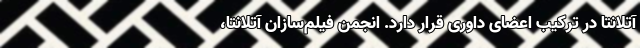
آتلانتا در ترکیب اعضای داوری قرار دارد. انجمن فیلم‌سازان آتلانتا،